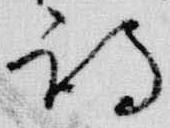
詩